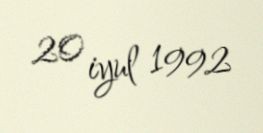
20 iyul 1992